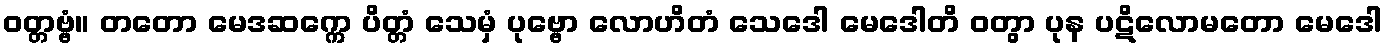
ဝတ္တဗ္ဗံ။ တတော မေဒဆက္ကေ ပိတ္တံ သေမှံ ပုဗ္ဗော လောဟိတံ သေဒေါ မေဒေါတိ ဝတွာ ပုန ပဋိလောမတော မေဒေါ